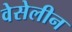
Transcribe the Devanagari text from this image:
वेसेलीन